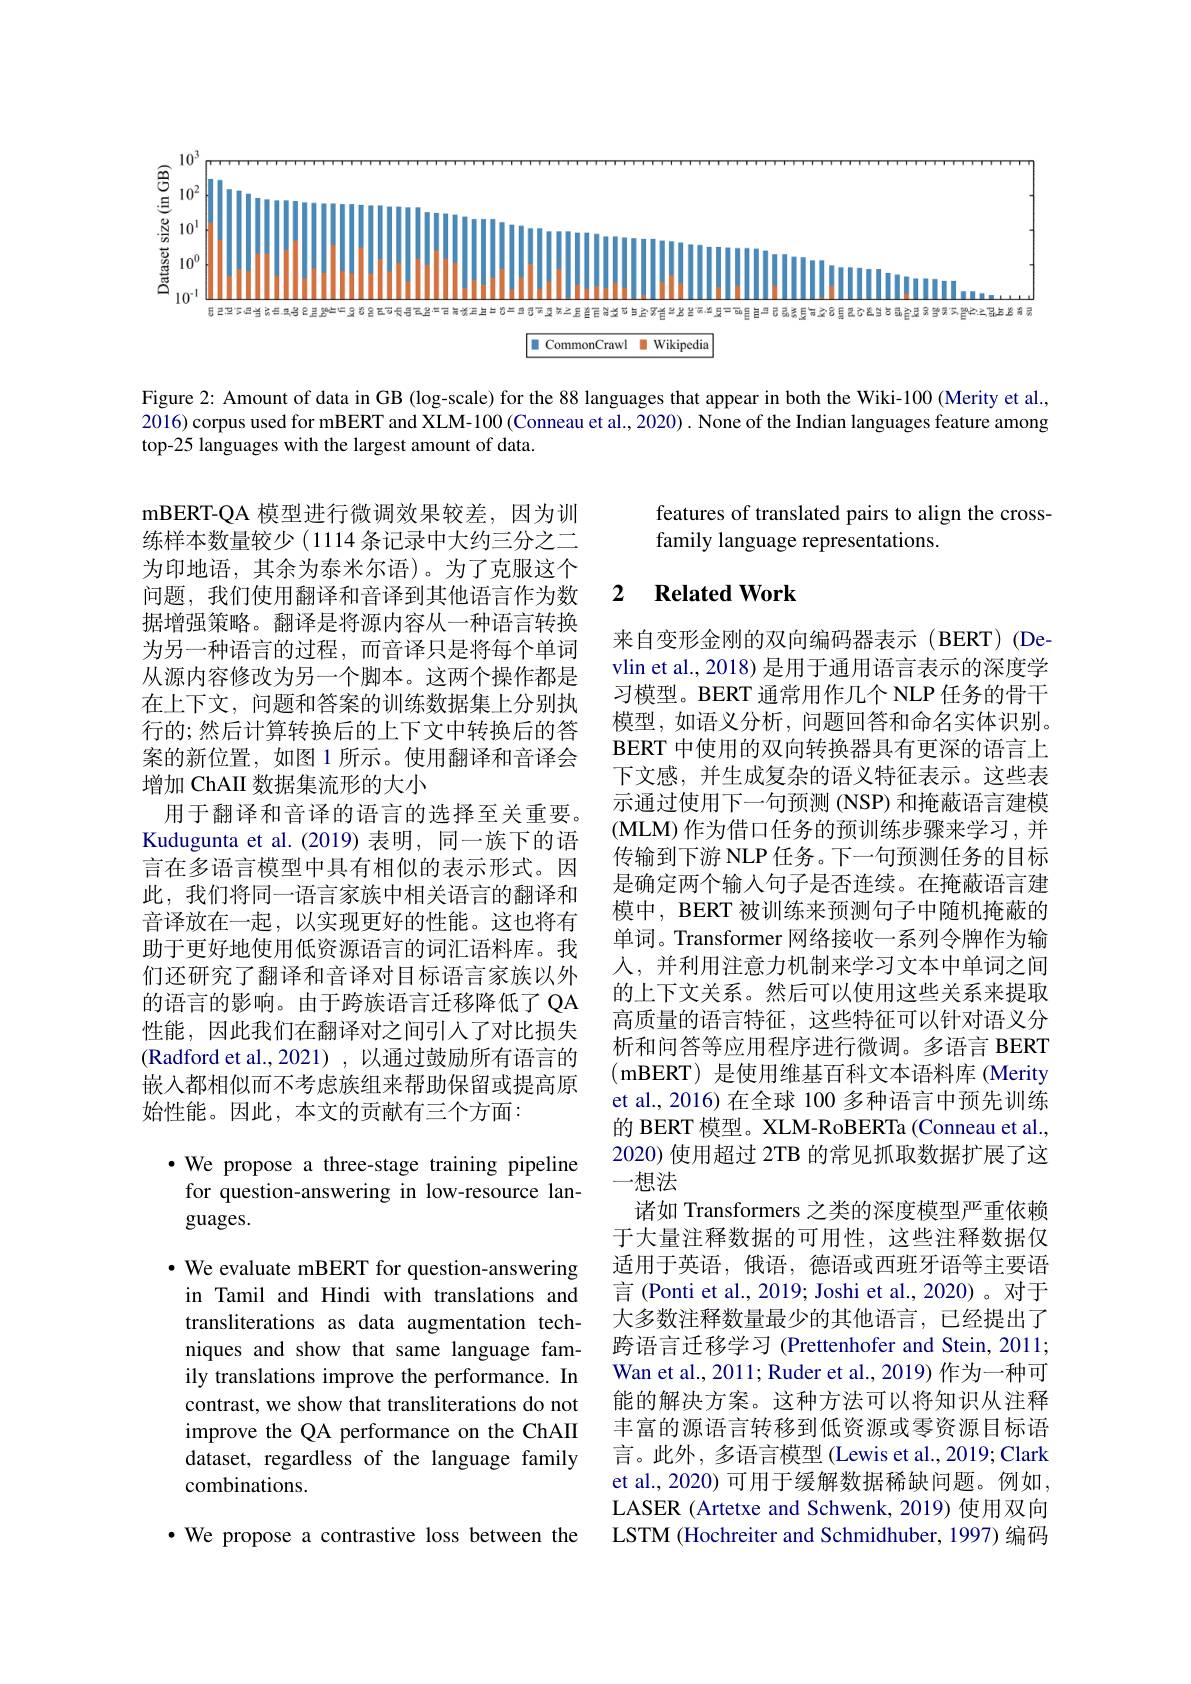
$\begin{array}{cc}\textcircled{\mathrm{S}}&10^3\\\textcircled{\mathrm{S}}&10^2\end{array}$

$\begin{array}{cc}\frac{\frac{5}{2}}{\frac{6}{8}}&10^{0}\\\frac{\frac{6}{8}}{8}&\\\frac{2}{10^{-1}}\end{array}$
LIILIILLL
THERETEE

$\boxed{\blacksquare\text{ CommonCrawl }\:\text{Wikipedia}}$

Figure 2: Amount of data in GB (log-scale) for the 88 languages that appear in both the Wiki-100 (Merity et al., 2016) corpus used for mBERT and XLM-100 (Conneau et al., 2020) . None of the Indian languages feature among top-25 languages with the largest amount of data.

features of translated pairs to align the cross-
family language representations.

## 2 $\textbf{Related Work}$

mBERT-QA 模型进行微调效果较差，因为训练样本数量较少 (1114 条记录中大约三分之二为印地语，其余为泰米尔语)。为了克服这个问题，我们使用翻译和音译到其他语言作为数据增强策略。翻译是将源内容从一种语言转换为另一种语言的过程，而音译只是将每个单词从源内容修改为另一个脚本。这两个操作都是在上下文，问题和答案的训练数据集上分别执行的；然后计算转换后的上下文中转换后的答案的新位置，如图 1 所示。使用翻译和音译会增加 ChAII 数据集流形的大小
用于翻译和音译的语言的选择至关重要。Kudugunta et al.(2019)表明，同一族下的语言在多语言模型中具有相似的表示形式。因此，我们将同一语言家族中相关语言的翻译和音译放在一起，以实现更好的性能。这也将有助于更好地使用低资源语言的词汇语料库。我们还研究了翻译和音译对目标语言家族以外的语言的影响。由于跨族语言迁移降低了 QA 性能，因此我们在翻译对之间引入了对比损失(Radford et al., 2021) , 以通过鼓励所有语言的嵌入都相似而不考虑族组来帮助保留或提高原始性能。因此，本文的贡献有三个方面：

来自变形金刚的双向编码器表示(BERT)(Devlin et al., 2018) 是用于通用语言表示的深度学习模型。BERT 通常用作几个 NLP 任务的骨干模型，如语义分析，问题回答和命名实体识别。BERT 中使用的双向转换器具有更深的语言上下文感，并生成复杂的语义特征表示。这些表示通过使用下一句预测 (NSP) 和掩蔽语言建模(MLM) 作为借口任务的预训练步骤来学习，并传输到下游 NLP 任务。下一句预测任务的目标是确定两个输入句子是否连续。在掩蔽语言建模中，BERT 被训练来预测句子中随机掩蔽的单词。Transformer 网络接收一系列令牌作为输人，并利用注意力机制来学习文本中单词之间的上下文关系。然后可以使用这些关系来提取高质量的语言特征，这些特征可以针对语义分析和问答等应用程序进行微调。多语言 BERT ( mBERT) 是使用维基百科文本语料库 (Merity et al., 2016) 在全球 100 多种语言中预先训练的 BERT 模型。XLM-RoBERTa (Conneau et al., 2020) 使用超过 2TB 的常见抓取数据扩展了这一想法
诸如 Transformers 之类的深度模型严重依赖于大量注释数据的可用性，这些注释数据仅适用于英语，俄语，德语或西班牙语等主要语言 (Ponti et al., 2019; Joshi et al., 2020)。对于大多数注释数量最少的其他语言，已经提出了跨语言迁移学习 (Prettenhofer and Stein, 2011; Wan et al., 2011; Ruder et al., 2019) 作为一种可能的解决方案。这种方法可以将知识从注释丰富的源语言转移到低资源或零资源目标语言。此外，多语言模型 (Lewis et al., 2019; Clark et al., 2020) 可用于缓解数据稀缺问题。例如， LASER (Artetxe and Schwenk, 2019) 使用双向LSTM (Hochreiter and Schmidhuber, 1997) 编码

$\bullet$ We propose a three-stage training pipeline
for question-answering in low-resource lan-
guages.

· We evaluate mBERT for question-answering in Tamil and Hindi with translations and transliterations as data augmentation techniques and show that same language family translations improve the performance. In contrast, we show that transliterations do not improve the QA performance on the ChAII dataset, regardless of the language family combinations.

$\cdot$ We propose a contrastive loss between the